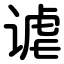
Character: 谑